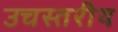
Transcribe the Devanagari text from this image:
उचस्तरीय